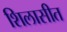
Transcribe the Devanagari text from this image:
शिलासीत